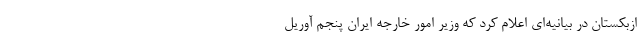
ازبکستان در بیانیه‌ای اعلام کرد که وزیر امور خارجه ایران پنجم آوریل